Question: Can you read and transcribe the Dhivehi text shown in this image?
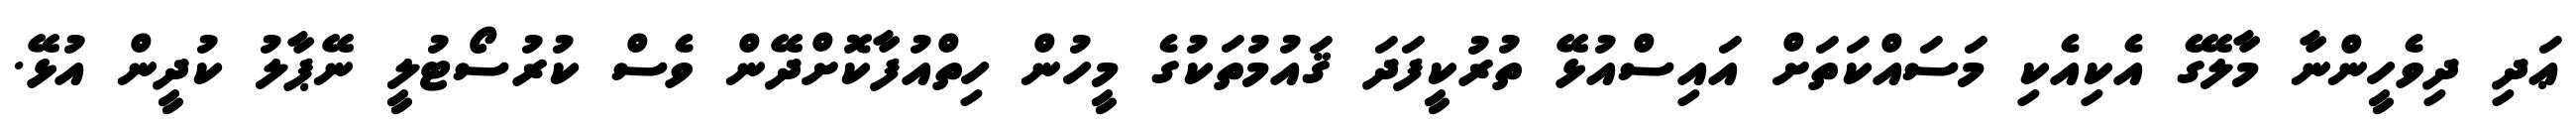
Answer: ޢަދި ދިވެހީންނާ މާލޭގެ އެކިއެކި މަސައްކަތަށް އައިސްއުޅޭ ތުރުކީފަދަ ޤައުމުތަކުގެ މީހުން ހިތްއުފާކޮށްދޭން ވެސް ކުރުސޯޓުލީ ނޭޕާލު ކުދީން އުޅޭ.